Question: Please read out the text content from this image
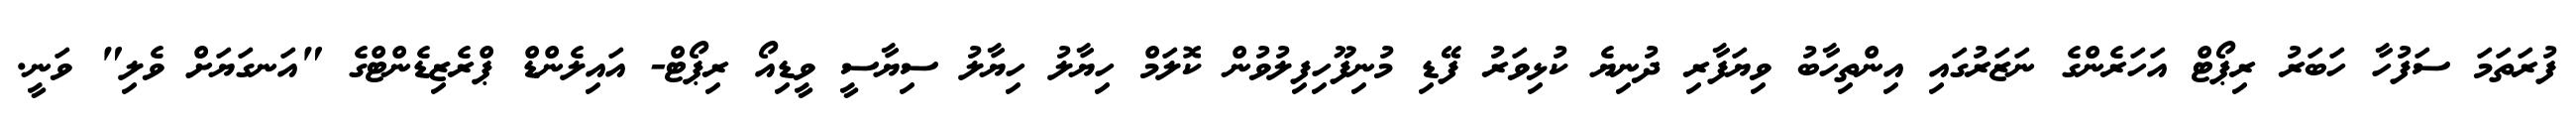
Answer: ފުރަތަމަ ސަފުހާ ހަބަރު ރިޕޯޓް އަހަރެންގެ ނަޒަރުގައި އިންތިހާބު ވިޔަފާރި ދުނިޔެ ކުޅިވަރު ފޭޑި މުނިފޫހިފިލުވުން ކޮލަމް ހިޔާލު ހިޔާލު ސިޔާސީ ވީޑިއޯ ރިޕޯޓް- އައިލެންޑް ޕްރެޒިޑެންޓްގެ "އަނގަޔަށް ވެލި" ވަނީ.